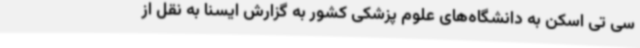
سی تی اسکن به دانشگاه‌های علوم پزشکی کشور به گزارش ایسنا به نقل از